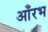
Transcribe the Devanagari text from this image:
आँरभ